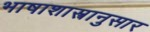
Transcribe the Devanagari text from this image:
भाषाशास्त्रानुसार